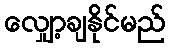
လျှော့ချနိုင်မည်